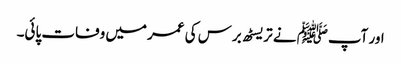
اور آپﷺ نے تریسٹھ برس کی عمر میں وفات پائی۔